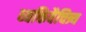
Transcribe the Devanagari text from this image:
व्यक्तिवैचित्र्य